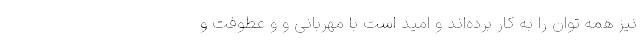
نیز همه توان را به کار برده‌اند و امید است با مهربانی و و عطوفت و